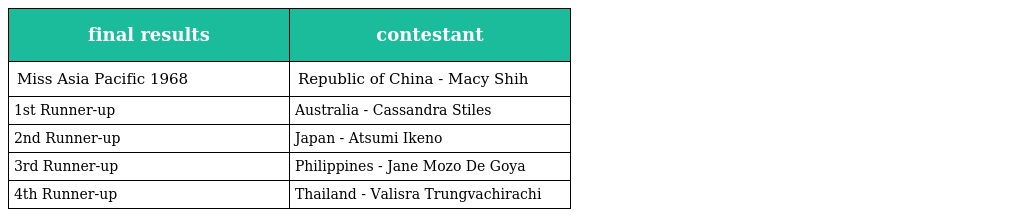
| final results | contestant |
 | --- | --- |
 | Miss Asia Pacific 1968 | Republic of China - Macy Shih |
 | 1st Runner-up | Australia - Cassandra Stiles |
 | 2nd Runner-up | Japan - Atsumi Ikeno |
 | 3rd Runner-up | Philippines - Jane Mozo De Goya |
 | 4th Runner-up | Thailand - Valisra Trungvachirachi |